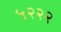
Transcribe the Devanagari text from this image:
५२२२